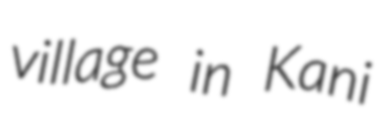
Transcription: village in Kani